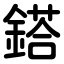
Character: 鎝